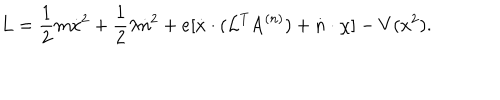
LaTeX: \mathrm { L } = \frac { 1 } { 2 } m \dot { x } ^ { 2 } + \frac { 1 } { 2 } \lambda \dot { n } ^ { 2 } + e [ \dot { x } \cdot ( { \cal L } ^ { T } \mathrm { A } ^ { ( n ) } ) + \dot { n } \cdot \chi ] - V ( x ^ { 2 } ) .